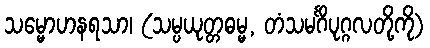
သမ္မောဟနရသာ၊ (သမ္ပယုတ္တဓမ္မ, တံသမင်္ဂိပုဂ္ဂလတို့ကို)